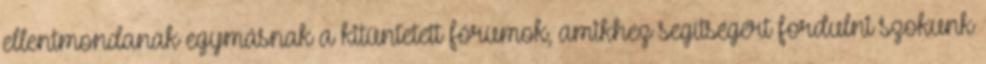
ellentmondanak egymásnak a kitüntetett fórumok, amikhez segítségért fordulni szokunk